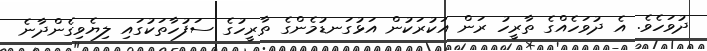
ދުވަހެވެ. އެ ދުވަހެއްގެ ތާރީހު ރަން އަކުރަކުން އަޅުގަނޑުމެންގެ ތާރީހުގެ ސަފުހާތަކުގައި ލިޔެވިގެންދާނެ